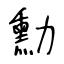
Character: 勳